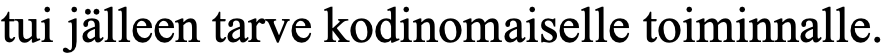
tui jälleen tarve kodinomaiselle toiminnalle.